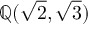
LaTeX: \mathbb { Q } ( { \sqrt { 2 } } , { \sqrt { 3 } } )